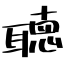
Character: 聴